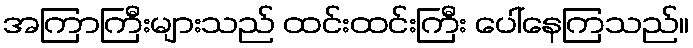
အကြာကြီးများသည် ထင်းထင်းကြီး ပေါ်နေကြသည်။